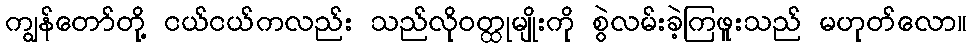
ကျွန်တော်တို့ ငယ်ငယ်ကလည်း သည်လိုဝတ္ထုမျိုးကို စွဲလမ်းခဲ့ကြဖူးသည် မဟုတ်လော။